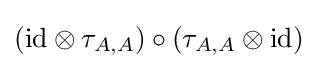
({\operatorname {id} }\otimes \tau _{A,A})\circ (\tau _{A,A}\otimes {\operatorname {id} })